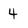
Character: 4